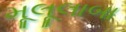
મૂલૂલાબા